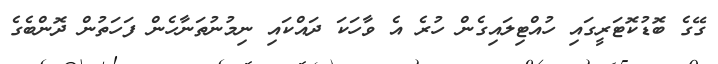
ގޭގެ ބޮޑުކޮޓަރީގައި ހުއްޓިލައިގެން ހުރެ އެ ވާހަކަ ދައްކައި ނިމުނުތަނާހެން ފަހަތުން ދޮންބެގެ